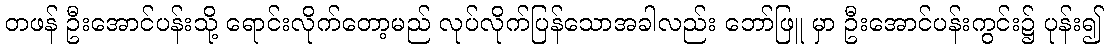
တဖန် ဦးအောင်ပန်းသို့ ရောင်းလိုက်တော့မည် လုပ်လိုက်ပြန်သောအခါလည်း ဘော်ဖြူ မှာ ဦးအောင်ပန်းကွင်း၌ ပုန်း၍